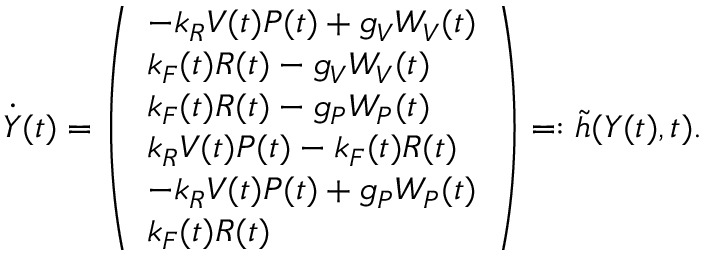
\Dot { \boldsymbol { Y } } ( t ) = \left( \begin{array} { l } { - k _ { R } V ( t ) P ( t ) + g _ { V } W _ { V } ( t ) } \\ { k _ { F } ( t ) R ( t ) - g _ { V } W _ { V } ( t ) } \\ { k _ { F } ( t ) R ( t ) - g _ { P } W _ { P } ( t ) } \\ { k _ { R } V ( t ) P ( t ) - k _ { F } ( t ) R ( t ) } \\ { - k _ { R } V ( t ) P ( t ) + g _ { P } W _ { P } ( t ) } \\ { k _ { F } ( t ) R ( t ) } \end{array} \right) = : \tilde { h } ( \boldsymbol { Y } ( t ) , t ) .